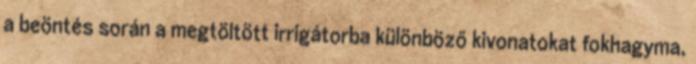
a beöntés során a megtöltött irrigátorba különböző kivonatokat fokhagyma,